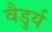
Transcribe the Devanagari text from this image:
वैडुर्य